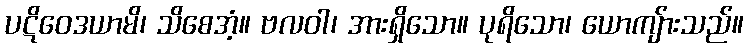
ပဋိဝေဒယာမိ၊ သိစေအံ့။ ဗလဝါ၊ အားရှိသော။ ပုရိသော၊ ယောကျ်ားသည်။